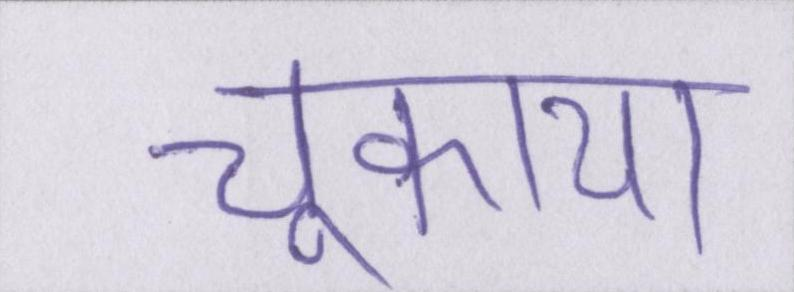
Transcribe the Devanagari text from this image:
चुकाया